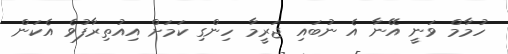
ހުމާމް ވަނީ އޭނާ އެ ނުބައި ޖަރީމާ ހިންގި ކަމަށް އިއުތިރާފުވެ އެކަން